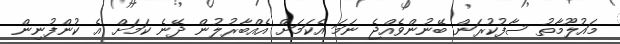
މައުލޫމާތު ސާފުކުރަން ބޭނުންވެއްޖެ ނަމަ އެކަމަށް އެއްބާރުލުން ދޭނެ ކަމަށް އެ ކުންފުނިން